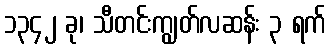
၁၃၄၂ ခု၊ သီတင်းကျွတ်လဆန်း ၃ ရက်